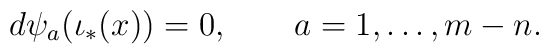
d\psi_a(\iota_*(x)) = 0, \qquad a=1,\ldots,m-n.